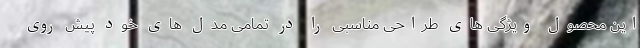
این محصول ویژگی های طراحی مناسبی را در تمامی مدل های خود پیش روی